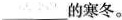
___的寒冬。